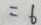
= 6